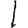
Digit: 1